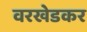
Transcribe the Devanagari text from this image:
वरखेडकर